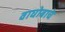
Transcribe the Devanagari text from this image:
वाघोबाचे